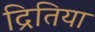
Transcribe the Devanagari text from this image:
द्रितिया